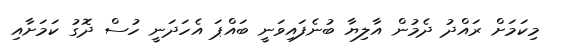
މިކަމަށް ރައްދު ދެމުން އާލިޔާ ބުނެފައިވަނީ ބައްޕަ އެހަދަނީ ހުސް ދޮގު ކަމަށާއި